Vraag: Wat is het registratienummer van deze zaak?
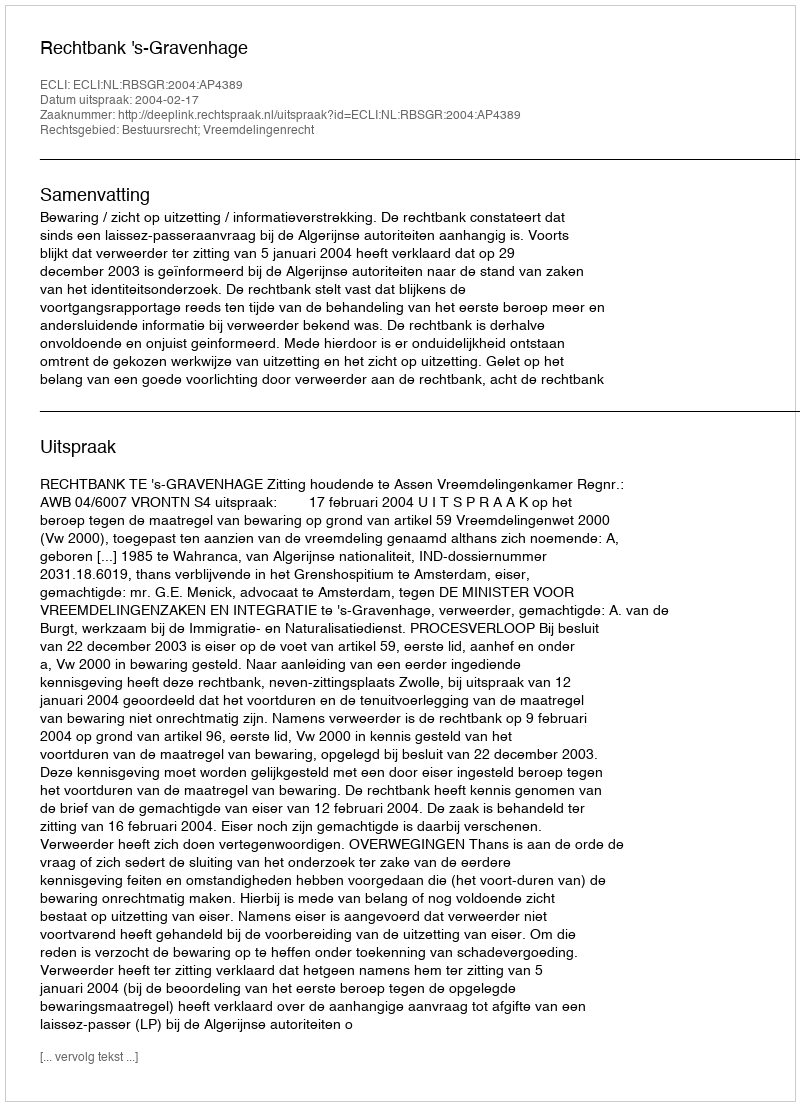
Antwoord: http://deeplink.rechtspraak.nl/uitspraak?id=ECLI:NL:RBSGR:2004:AP4389